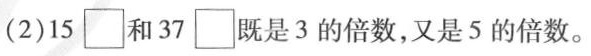
(2)15 \Box 和37\Box 既是3的倍数，又是5的倍数。